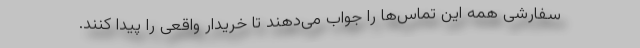
سفارشی همه این تماس‌ها را جواب می‌دهند تا خریدار واقعی را پیدا کنند.